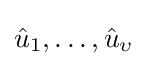
{\hat {u}}_{1},\dots ,{\hat {u}}_{\upsilon }